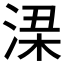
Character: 𱧂